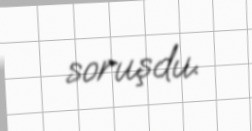
soruşdu.